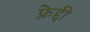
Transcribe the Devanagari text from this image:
फ्रेद्दी